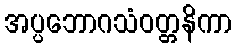
အပ္ပဘောဂသံဝတ္တနိကာ